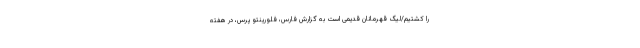
را کشتیم/لیگ قهرمانان قدیمی است به گزارش فارس، فلورینتو پرس، در هفته